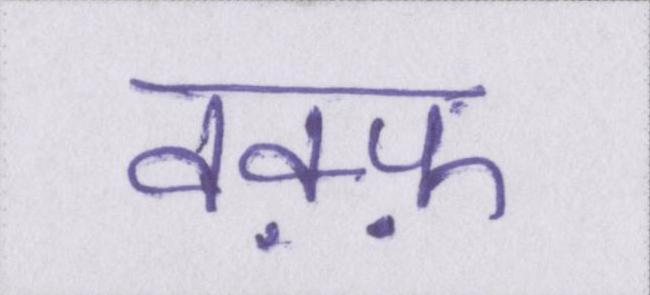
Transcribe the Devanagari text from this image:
वक़्फ़